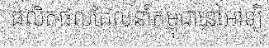
ផលិតផលដែលនាំកម្ពុជានៅអាទ្យិ